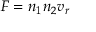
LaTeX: F = n _ { 1 } n _ { 2 } v _ { r }